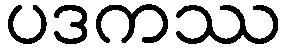
ပဒကဿ